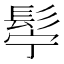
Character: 𮫂